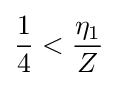
{\frac {1}{4}}<{\frac {\eta _{1}}{Z}}